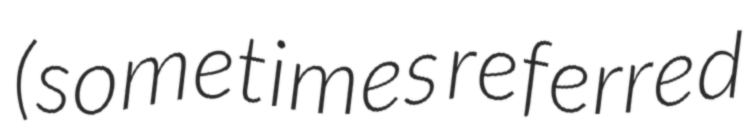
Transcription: (sometimes referred